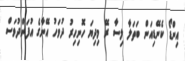
އިންޑޯ ކެނޭޑިއަން ބަތަލާ ލިސާ ރޭ މިދިޔަ ހޮނިހިރު ދުވަހު އޭނާގެ އުފަންދުވަސް